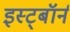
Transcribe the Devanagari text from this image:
इस्ट्बॉर्न